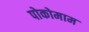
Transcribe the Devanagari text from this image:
पोकोमाम